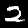
Digit: 2